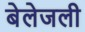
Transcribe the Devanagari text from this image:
बेलेजली